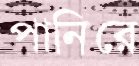
পানিরে